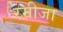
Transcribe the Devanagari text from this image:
रमीजा